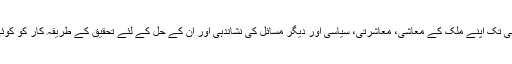
چھٹی بات، ہم نے ابھی تک اپنے ملک کے معاشی، معاشرتی، سیاسی اور دیگر مسائل کی نشاندہی اور اُن کے حل کے لئے تحقیق کے طریقہ کار کو کوئی اہمیت نہیں دی ہے۔